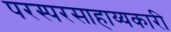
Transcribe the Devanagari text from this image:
परस्परसाहाय्यकारी